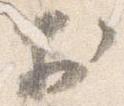
於